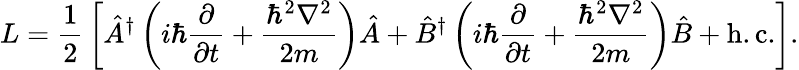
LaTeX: L={\frac{1}{2}}\left[{\hat{A}}^{\dagger}\left(i\hbar{\frac{\partial}{\partial t}}+{\frac{\hbar^{2}\nabla^{2}}{2m}}\right){\hat{A}}+{\hat{B}}^{\dagger}\left(i\hbar{\frac{\partial}{\partial t}}+{\frac{\hbar^{2}\nabla^{2}}{2m}}\right){\hat{B}}+{\mathrm{h.c.}}\right].